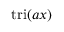
\operatorname { t r i } ( a x )